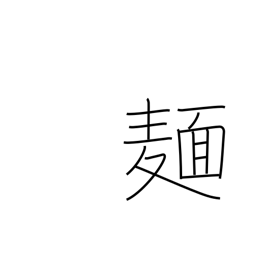
Meaning: noodles